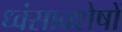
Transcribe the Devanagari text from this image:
ध्‍वंसावशेषों